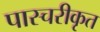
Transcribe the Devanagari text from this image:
पास्चरीकृत